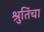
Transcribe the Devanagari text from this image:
श्रुतिंचा